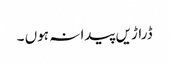
ڈراڑیں پیدا نہ ہوں ۔